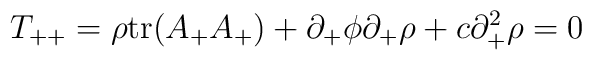
T_{++} = \rho {\rm tr}(A_+ A_+) + \partial_+ \phi \partial_+ \rho + c \partial_+^2\rho = 0